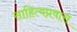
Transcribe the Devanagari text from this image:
साहित्यप्रवास